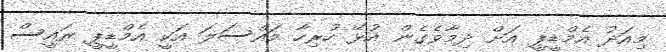
މިއަދު އެމްޑީޕީ އަށް ދިމާވެގެން އުޅޭ ހުރިހާ މައްސަލަ އަކީ އެމްޑީޕީ ރައީސް